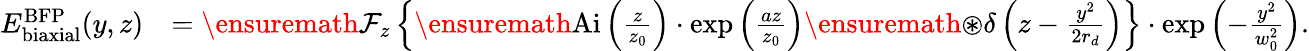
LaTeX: \begin{array}{rl}{E_{\mathrm{biaxial}}^{\mathrm{BFP}}(y,z)}&{=\ensuremath{\mathcal{F}}_{z}\left\{ \ensuremath{\mathrm{Ai}}\left(\frac{z}{z_{0}}\right)\cdot\exp\left(\frac{az}{z_{0}}\right)\ensuremath{\circledast}\delta\left(z-\frac{y^{2}}{2r_{d}}\right)\right\} \cdot\exp\left(-\frac{y^{2}}{w_{0}^{2}}\right).}\end{array}